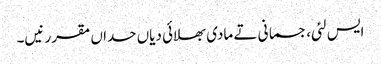
ایس لئی، جسمانی تے مادی بھلائی دیاں حداں مقرر نیں۔